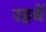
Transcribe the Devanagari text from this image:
रहबें